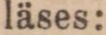
läses: